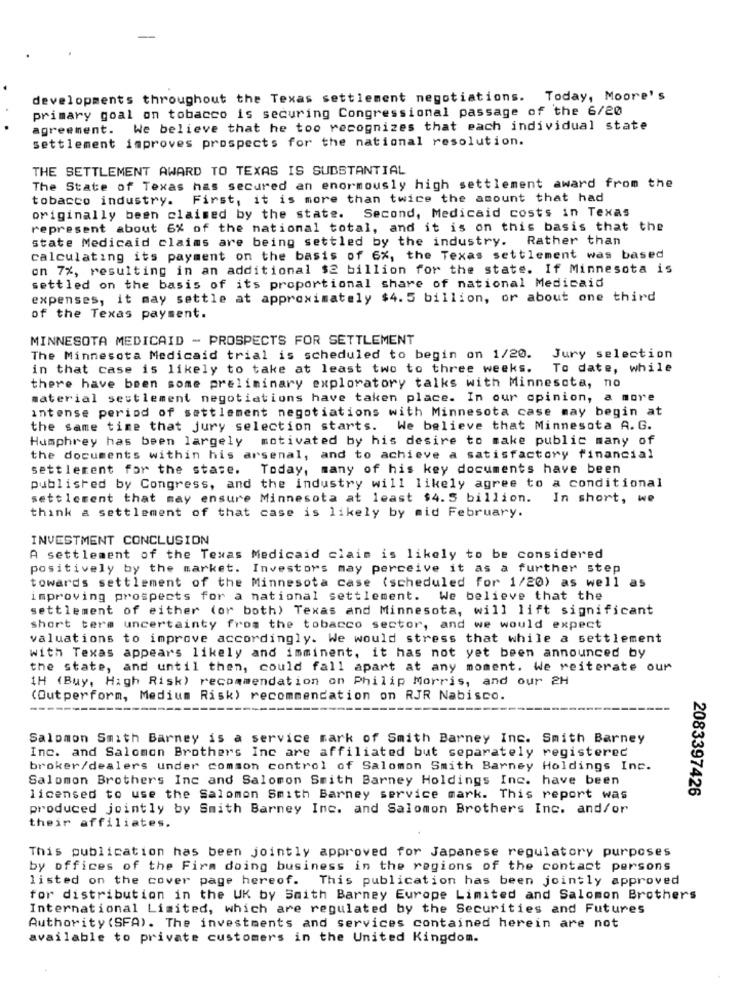
developments throughout the Texas settlement negotiations. Today, Moore's
primary goal on tobacco is securing Congressional passage of the 6/20
agreement. We believe that he too recognizes that each individual state
settlement improves prospects for the national resolution.
THE SETTLEMENT AWARD TO TEXAS IS SUBSTANTIAL
The State of Texas has secured en enormously high settlement award from the
tobacco industry. First, it is more than twice the amount that had
originally been claimed by the state. Second, Medicaid costs in Texas
represent about 6% of the national total, and it is on this basis that the
state Medicaid claims are being settled by the industry. Rather than
calculating its payment on the basis of 6%, the Texas settlement was based
on 7%, resulting in an additional $2 billion for the state. If Minnesota is
settled on the basis of its proportional share of national Medicaid
expenses, it may settle at approximately $4.5 billion, or about one third
of the Texas payment.
MINNESOTA MEDICAID - PROSPECTS FOR SETTLEMENT
The Minnesota Medicaid trial is scheduled to begin on 1/20.
Jury selection
in that case is likely to take at least two to three weeks.
To date, while
there have been some preliminary exploratory talks with Minnesota, no
material settlement negotiations have taken place. In our opinion, a more
Intense period of settlement negotiations with Minnesota case may begin at
the same time that jury selection starts. We believe that Minnesota A. G.
Humphrey has been largely motivated by his desire to make public many of
the documents within his arsenal, and to achieve a satisfactory financial
settlement for the stase.
Today, many of his key documents have been
published by Congress, and the industry will likely agree to a conditional
settlement that may ensure Minnesota at least $4. 5 billion.
In short, we
think a settlement of that case is likely by mid February.
INVESTMENT CONCLUSION
A settlement of the Texas Medicaid claim is likely to be considered
positively by the market. Investors may perceive it as a further step
towards settlement of the Minnesota case (scheduled for 1/20) as well as
improving prospects for a national settlement.
We believe that the
settlement of either (or both) Texas and Minnesota, will lift significant
short term uncertainty from the tobacco sector, and we would expect
valuations to improve accordingly. We would stress that while a settlement
with Texas appears likely and imminent, it has not yet been announced by
the state, and until then, could fall apart at any moment. We reiterate our
1H (Buy, High Risk) recommendation on Philip Morris, and our 2H
(Outperform, Medium Risk) recommendation on RJR Nabisco.
--
Salomon Smith Barney is a service mark of Smith Barney Inc. Smith Barney
Inc. and Salomon Brothers Inc are affiliated but separately registered
broker/dealers under comson control of Salomon Smith Barney Holdings Inc.
Salomon Brothers Inc and Salomon Smith Barney Holdings Inc. have been
2083397426
licensed to use the Salomon Smith Barney service mark. This report was
produced jointly by Smith Barney Inc. and Salomon Brothers Inc. and/or
their affiliates.
This publication has been jointly approved for Japanese regulatory purposes
by offices of the Firm doing business in the regions of the contact persons
listed on the cover page hereof. This publication has been jointly approved
for distribution in the UK by Smith Barney Europe Limited and Salomon Brothers
International Limited, which are regulated by the Securities and Futures
Authority (SFA). The investments and services contained herein are not
available to private customers in the United Kingdom.